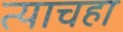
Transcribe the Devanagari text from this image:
त्याचहा